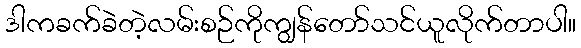
ဒါကခက်ခဲတဲ့လမ်းစဉ်ကိုကျွန်တော်သင်ယူလိုက်တာပါ။